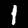
Digit: 1